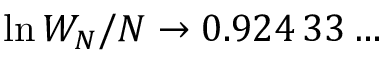
\ln W _ { N } / N \to 0 . 9 2 4 \, 3 3 \ldots